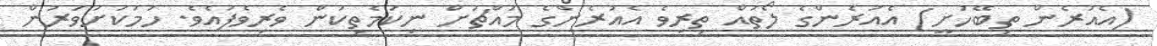
(އެއުރެން ތިބޭހުށީ) އެއުރެންގެ ލޯތައް ތިރިވެ އެއުރެންގެ މައްޗަށް ނިކަމެތިކަން ވެރިވެފައެވެ. ހަމަކަށަވަރުން